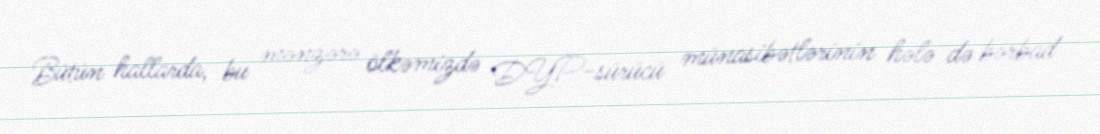
Bütün hallarda, bu mənzərə ölkəmizdə DYP-sürücü münasibətlərinin hələ də bərbad